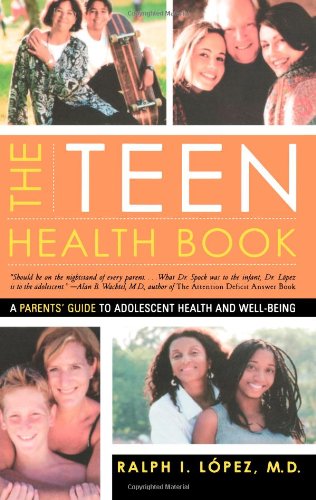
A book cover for The Teen Health Book: A Parents' Guide to Adolescent Health and Well-Being; Ralph I. Lopez; Health, Fitness & Dieting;